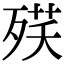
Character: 𣨘